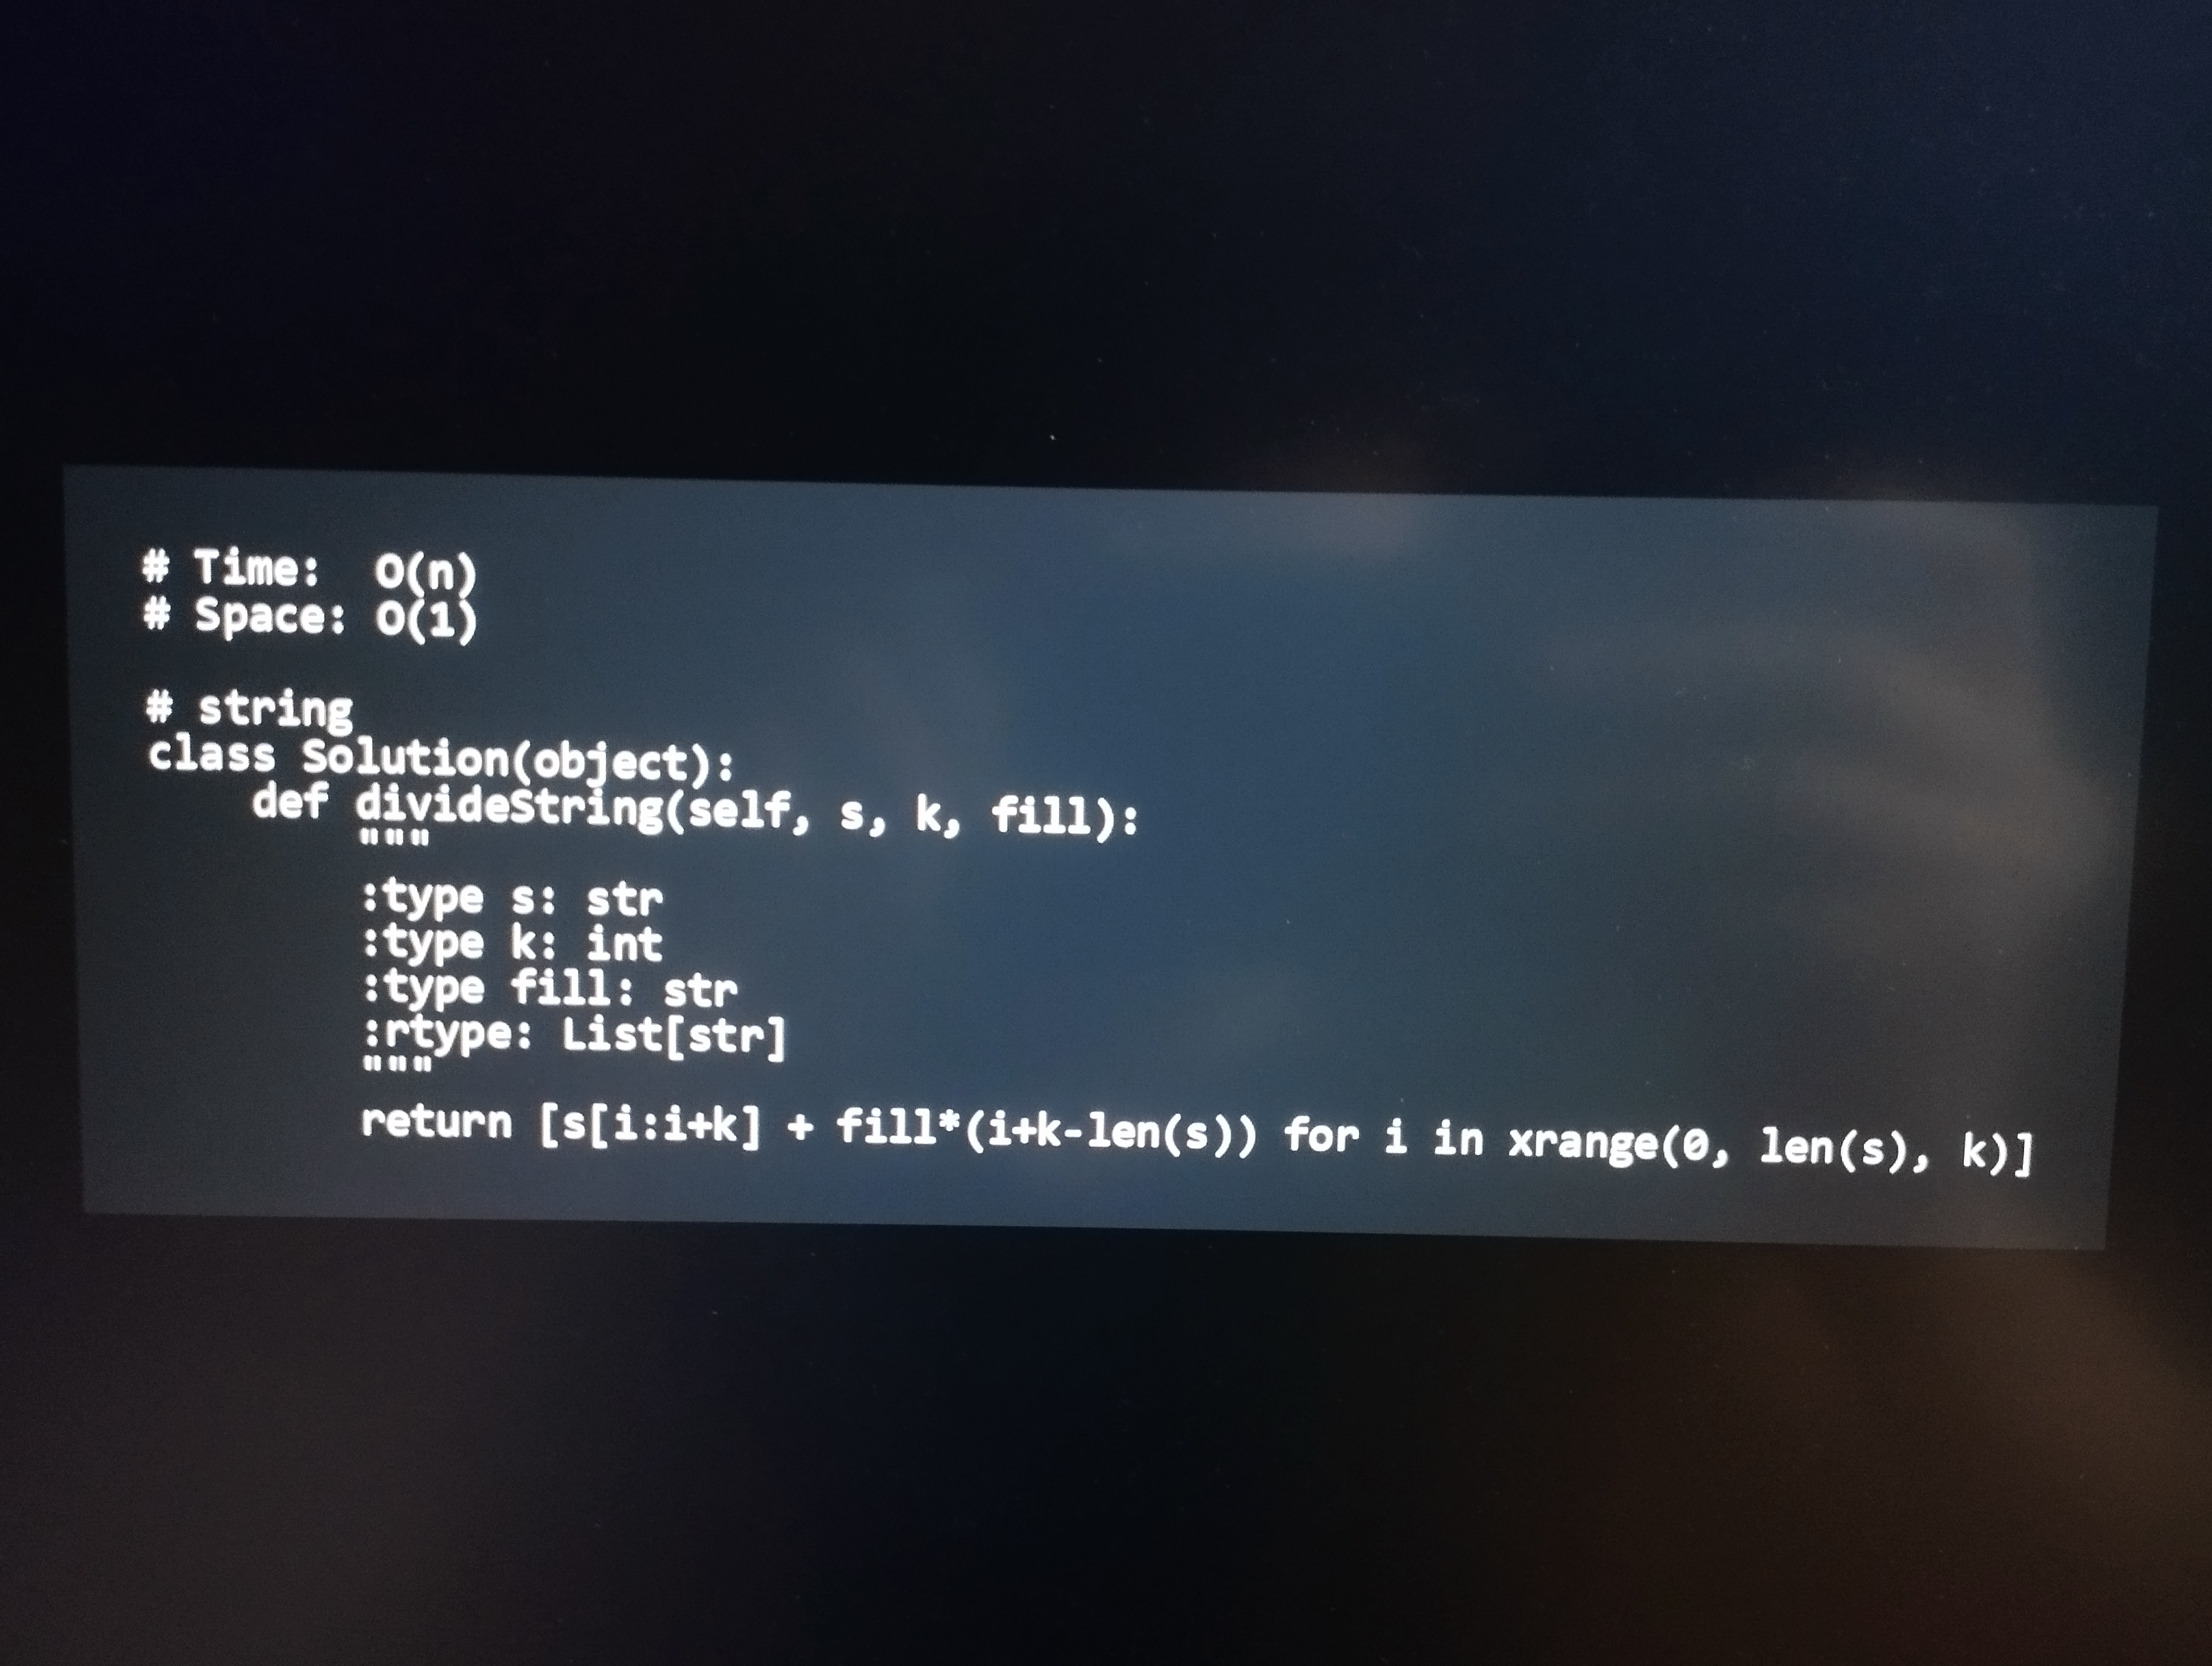
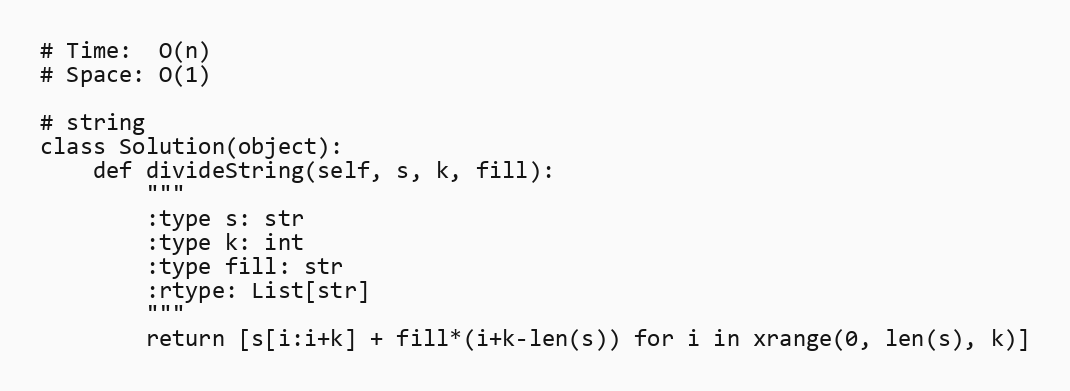
# Time:  O(n)
# Space: O(1)

# string
class Solution(object):
    def divideString(self, s, k, fill):
        """
        :type s: str
        :type k: int
        :type fill: str
        :rtype: List[str]
        """
        return [s[i:i+k] + fill*(i+k-len(s)) for i in xrange(0, len(s), k)]